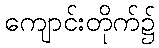
ကျောင်းတိုက်၌